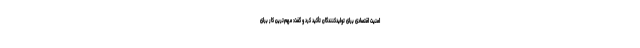
امنیت اقتصادی برای تولیدکنندگان تأکید کرد و گفت: مهم‌ترین کار برای